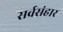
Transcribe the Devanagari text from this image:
सर्वसंहार